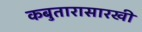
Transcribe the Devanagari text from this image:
कबुतारासारखी